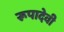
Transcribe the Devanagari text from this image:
रूपादेवी